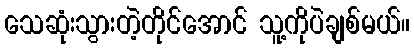
သေဆုံးသွားတဲ့တိုင်အောင် သူ့ကိုပဲချစ်မယ်။